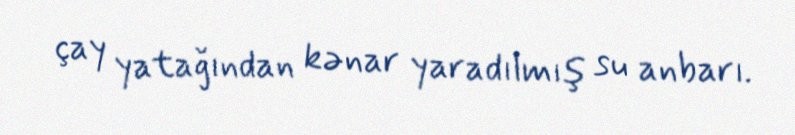
çay yatağından kənar yaradılmış su anbarı.